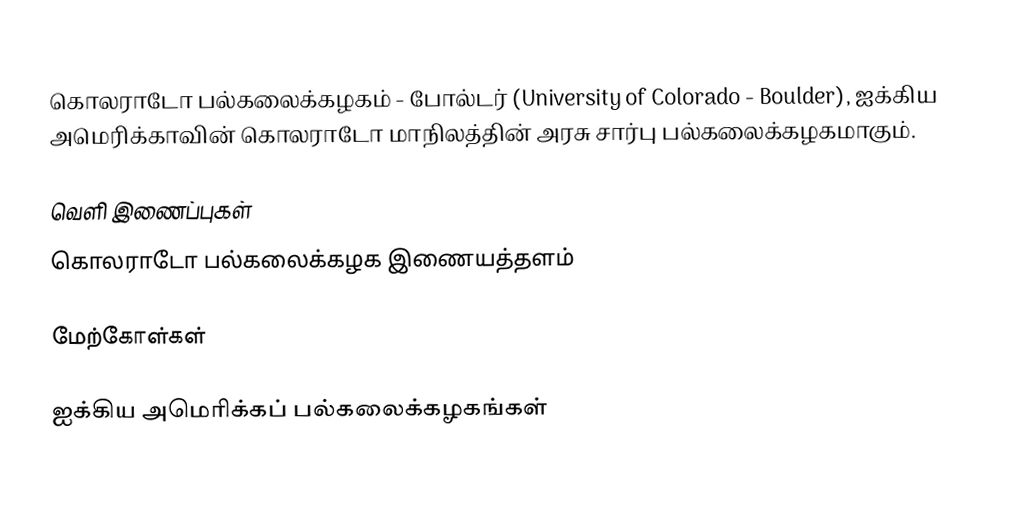
கொலராடோ பல்கலைக்கழகம் - போல்டர் (University of Colorado - Boulder), ஐக்கிய அமெரிக்காவின் கொலராடோ மாநிலத்தின் அரசு சார்பு பல்கலைக்கழகமாகும்.

வெளி இணைப்புகள்
 கொலராடோ பல்கலைக்கழக இணையத்தளம்

மேற்கோள்கள்

ஐக்கிய அமெரிக்கப் பல்கலைக்கழகங்கள்